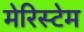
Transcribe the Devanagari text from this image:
मेरिस्टेम